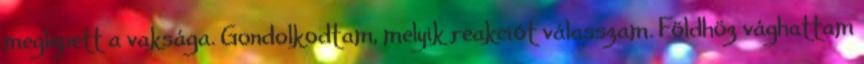
meglepett a vaksága. Gondolkodtam, melyik reakciót válasszam. Földhöz vághattam